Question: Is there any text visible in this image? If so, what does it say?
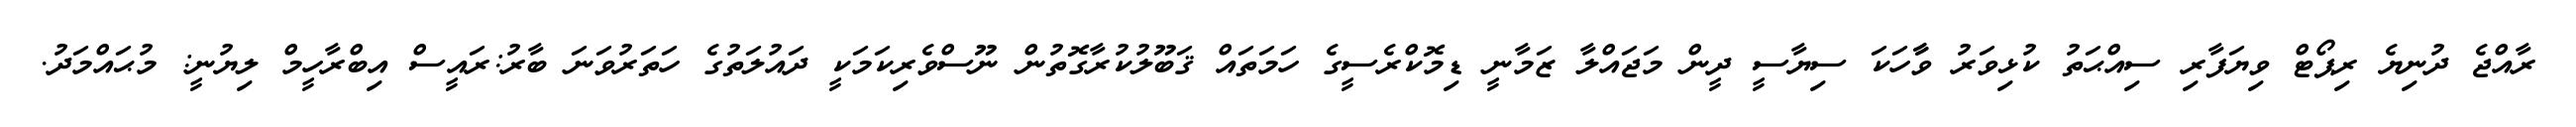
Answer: ރާއްޖެ ދުނިޔެ ރިޕޯޓް ވިޔަފާރި ސިއްޙަތު ކުޅިވަރު ވާާހަކަ ސިޔާސީ ދީން މަޖައްލާ ޒަމާނީ ޑިމޮކްރެސީގެ ހަމަތައް ޤަބޫލުކުރާގޮތުން ނޫސްވެރިކަމަކީ ދައުލަތުގެ ހަތަރުވަނަ ބާރު:ރައީސް އިބްރާހީމް ލިޔުނީ: މުޙައްމަދު.